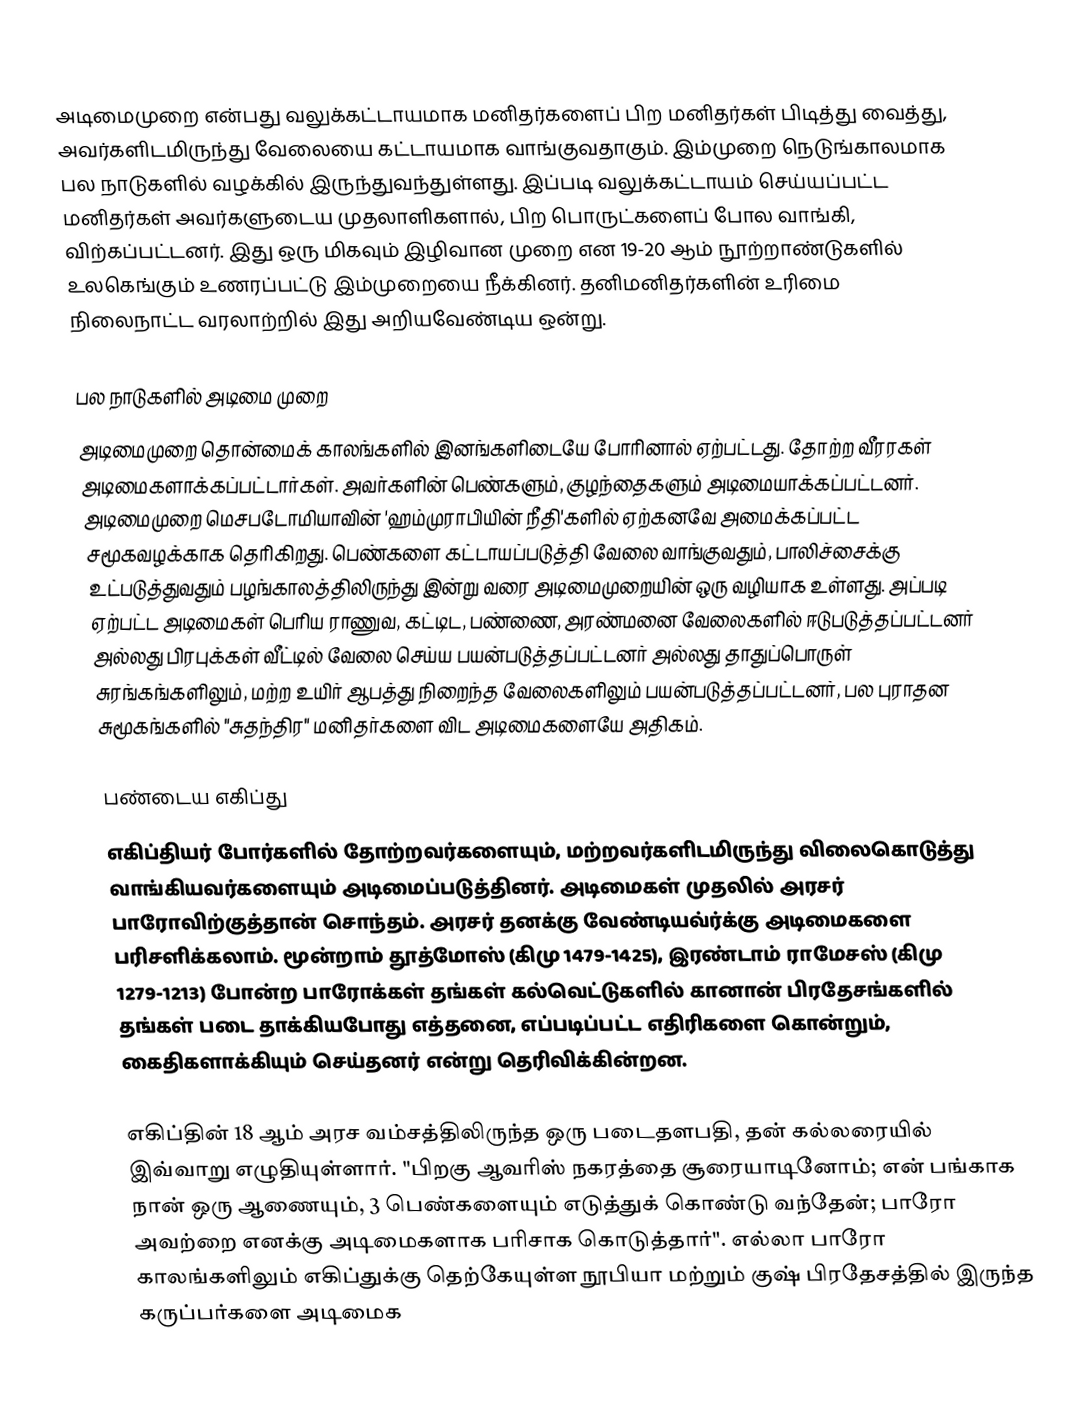
அடிமைமுறை என்பது வலுக்கட்டாயமாக மனிதர்களைப் பிற மனிதர்கள் பிடித்து வைத்து, அவர்களிடமிருந்து வேலையை கட்டாயமாக வாங்குவதாகும். இம்முறை நெடுங்காலமாக பல நாடுகளில் வழக்கில் இருந்துவந்துள்ளது. இப்படி வலுக்கட்டாயம் செய்யப்பட்ட மனிதர்கள் அவர்களுடைய முதலாளிகளால், பிற பொருட்களைப் போல வாங்கி, விற்கப்பட்டனர். இது ஒரு மிகவும் இழிவான முறை என 19-20 ஆம் நூற்றாண்டுகளில் உலகெங்கும் உணரப்பட்டு இம்முறையை நீக்கினர். தனிமனிதர்களின் உரிமை நிலைநாட்ட வரலாற்றில் இது அறியவேண்டிய ஒன்று.

பல நாடுகளில் அடிமை முறை
அடிமைமுறை தொன்மைக் காலங்களில் இனங்களிடையே போரினால் ஏற்பட்டது. தோற்ற வீரரகள் அடிமைகளாக்கப்பட்டார்கள். அவர்களின் பெண்களும், குழந்தைகளும் அடிமையாக்கப்பட்டனர். அடிமைமுறை மெசபடோமியாவின் 'ஹம்முராபியின் நீதி'களில் ஏற்கனவே அமைக்கப்பட்ட சமூகவழக்காக தெரிகிறது. பெண்களை கட்டாயப்படுத்தி வேலை வாங்குவதும், பாலிச்சைக்கு உட்படுத்துவதும் பழங்காலத்திலிருந்து இன்று வரை அடிமைமுறையின் ஒரு வழியாக உள்ளது. அப்படி ஏற்பட்ட அடிமைகள் பெரிய ராணுவ, கட்டிட, பண்ணை, அரண்மனை வேலைகளில் ஈடுபடுத்தப்பட்டனர் அல்லது பிரபுக்கள் வீட்டில் வேலை செய்ய பயன்படுத்தப்பட்டனர் அல்லது தாதுப்பொருள் சுரங்கங்களிலும், மற்ற உயிர் ஆபத்து நிறைந்த வேலைகளிலும் பயன்படுத்தப்பட்டனர், பல புராதன சுமூகங்களில் "சுதந்திர" மனிதர்களை விட அடிமைகளையே அதிகம்.

பண்டைய எகிப்து
எகிப்தியர் போர்களில் தோற்றவர்களையும், மற்றவர்களிடமிருந்து விலைகொடுத்து வாங்கியவர்களையும் அடிமைப்படுத்தினர். அடிமைகள் முதலில் அரசர் பாரோவிற்குத்தான் சொந்தம். அரசர் தனக்கு வேண்டியவ்ர்க்கு அடிமைகளை பரிசளிக்கலாம். மூன்றாம் தூத்மோஸ் (கிமு 1479-1425), இரண்டாம் ராமேசஸ் (கிமு 1279-1213) போன்ற பாரோக்கள் தங்கள் கல்வெட்டுகளில் கானான் பிரதேசங்களில் தங்கள் படை தாக்கியபோது எத்தனை, எப்படிப்பட்ட எதிரிகளை கொன்றும், கைதிகளாக்கியும் செய்தனர் என்று தெரிவிக்கின்றன.

எகிப்தின் 18 ஆம் அரச வம்சத்திலிருந்த ஒரு படைதளபதி, தன் கல்லரையில் இவ்வாறு எழுதியுள்ளார். "பிறகு ஆவரிஸ் நகரத்தை சூரையாடினோம்; என் பங்காக நான் ஒரு ஆணையும், 3 பெண்களையும் எடுத்துக் கொண்டு வந்தேன்; பாரோ அவற்றை எனக்கு அடிமைகளாக பரிசாக கொடுத்தார்". எல்லா பாரோ காலங்களிலும் எகிப்துக்கு தெற்கேயுள்ள நூபியா மற்றும் குஷ் பிரதேசத்தில் இருந்த கருப்பர்களை அடிமைக